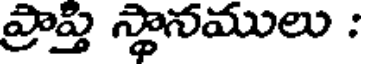
ప్రాప్తి స్థానములు :